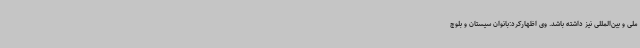
ملی و بین‌المللی نیز داشته باشد. وی اظهارکرد:بانوان سیستان و بلوچ